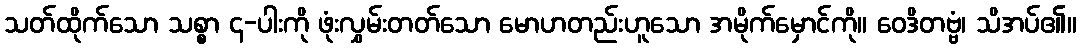
သတ်ထိုက်သော သစ္စာ ၄-ပါးကို ဖုံးလွှမ်းတတ်သော မောဟတည်းဟူသော အမိုက်မှောင်ကို။ ဝေဒိတဗ္ဗံ၊ သိအပ်၏။